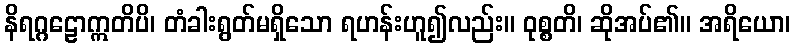
နိရဂ္ဂဠောဣတိပိ၊ တံခါးရွတ်မရှိသော ရဟန်းဟူ၍လည်း။ ဝုစ္စတိ၊ ဆိုအပ်၏။ အရိယော၊